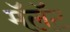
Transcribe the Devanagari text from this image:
मॅलॅट